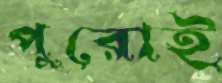
পুরোই